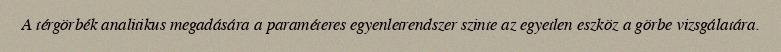
A térgörbék analitikus megadására a paraméteres egyenletrendszer szinte az egyetlen eszköz a görbe vizsgálatára.